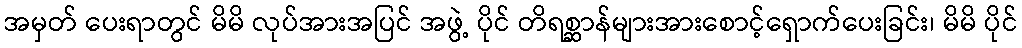
အမှတ် ပေးရာတွင် မိမိ လုပ်အားအပြင် အဖွဲ့ ပိုင် တိရစ္ဆာန်များအားစောင့်ရှောက်ပေးခြင်း၊ မိမိ ပိုင်